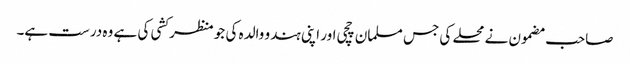
صاحب مضمون نے محلے کی جس مسلمان چچی اور اپنی ہندو والدہ کی جو منظر کشی کی ہے وہ درست ہے۔